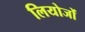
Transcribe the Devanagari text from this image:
लियोजों